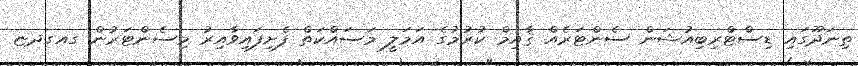
ތިނަދޫގައި ޑިސްޓްރިބިއުޝަން ސެންޓަރެއް ޤާއިމް ކުރުމުގެ އަމަލީ މަސައްކަތް ފެށިފައިވާއިރު މިސެންޓަރުން ގއގދޏ